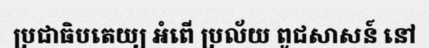
ប្រជាធិបតេយ្យ អំពើ ប្រល័យ ពូជសាសន៍ នៅ